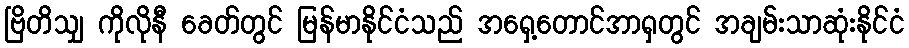
ဗြိတိသျှ ကိုလိုနီ ခေတ်တွင် မြန်မာနိုင်ငံသည် အရှေ့တောင်အာရှတွင် အချမ်းသာဆုံးနိုင်ငံ